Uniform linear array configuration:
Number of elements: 12
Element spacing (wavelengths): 0.25
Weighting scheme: cosine
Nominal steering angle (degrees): -45
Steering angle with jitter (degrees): -45.809
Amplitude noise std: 0.05
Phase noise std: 0.05

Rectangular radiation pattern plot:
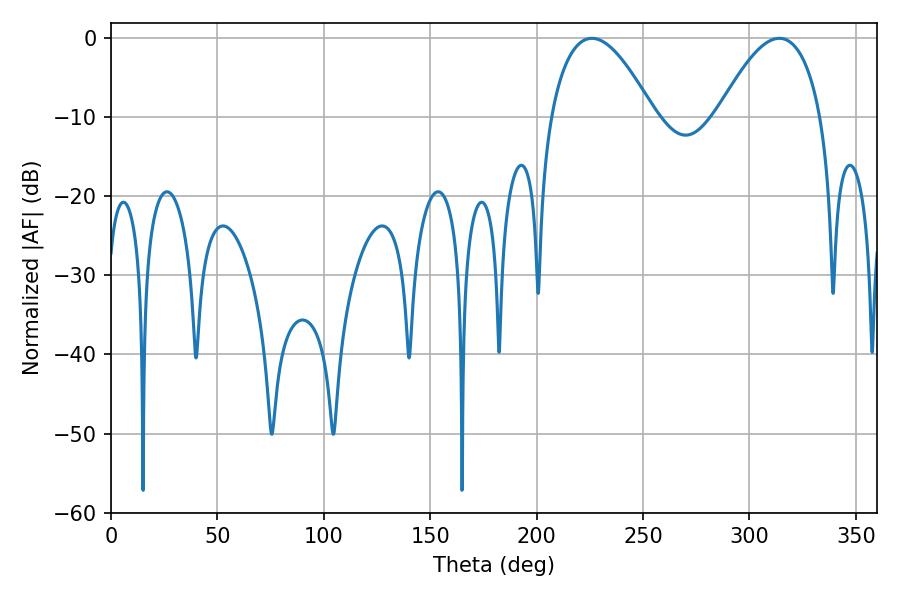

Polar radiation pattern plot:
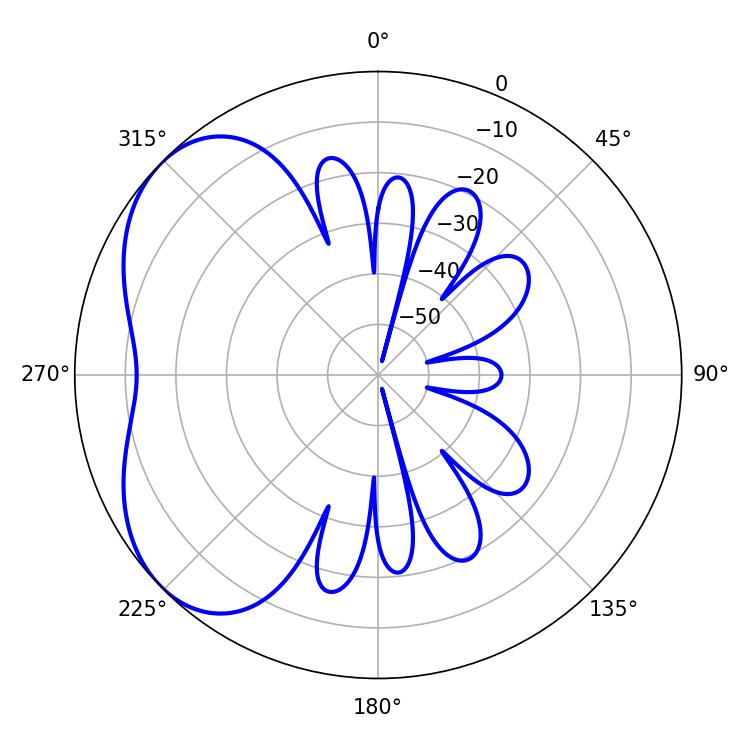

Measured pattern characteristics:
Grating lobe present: FALSE
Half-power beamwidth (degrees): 26.82
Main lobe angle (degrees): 225.9